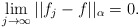
\begin{align*}\lim_{j\rightarrow \infty} || f_j - f ||_{\alpha } = 0.\end{align*}